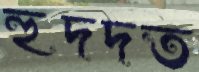
হুদদত